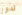
لدور